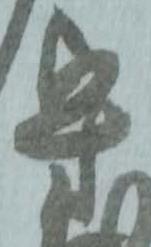
守